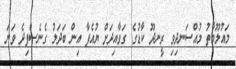
މައުލޫމާތު މުއްސަނދިވި ރީނދޫ ކާޑުގެ ގަވާއިދަށް ޔުއެފާ އިން ބަދަލު ގެނެސްފިދެ ވަނަ